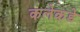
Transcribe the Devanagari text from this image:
कलेकडे